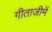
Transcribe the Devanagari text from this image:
गीताजीमें